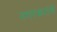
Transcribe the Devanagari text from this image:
नगरकरांचे